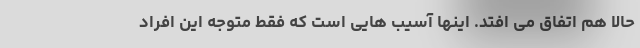
حالا هم اتفاق می افتد. اینها آسیب هایی است که فقط متوجه این افراد